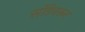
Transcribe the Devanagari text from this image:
सोंडेवरून